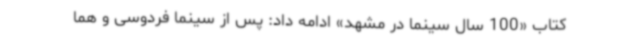
کتاب «100 سال سینما در مشهد» ادامه داد: پس از سینما فردوسی و هما